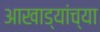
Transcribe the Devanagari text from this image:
आखाड्यांच्या